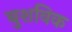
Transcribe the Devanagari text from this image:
बुशविक